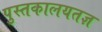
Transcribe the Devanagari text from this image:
पुस्तकालयतज्ञ